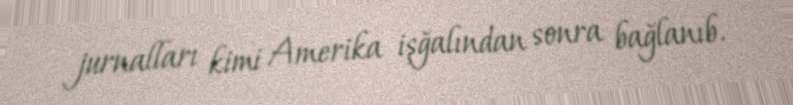
jurnalları kimi Amerika işğalından sonra bağlanıb.